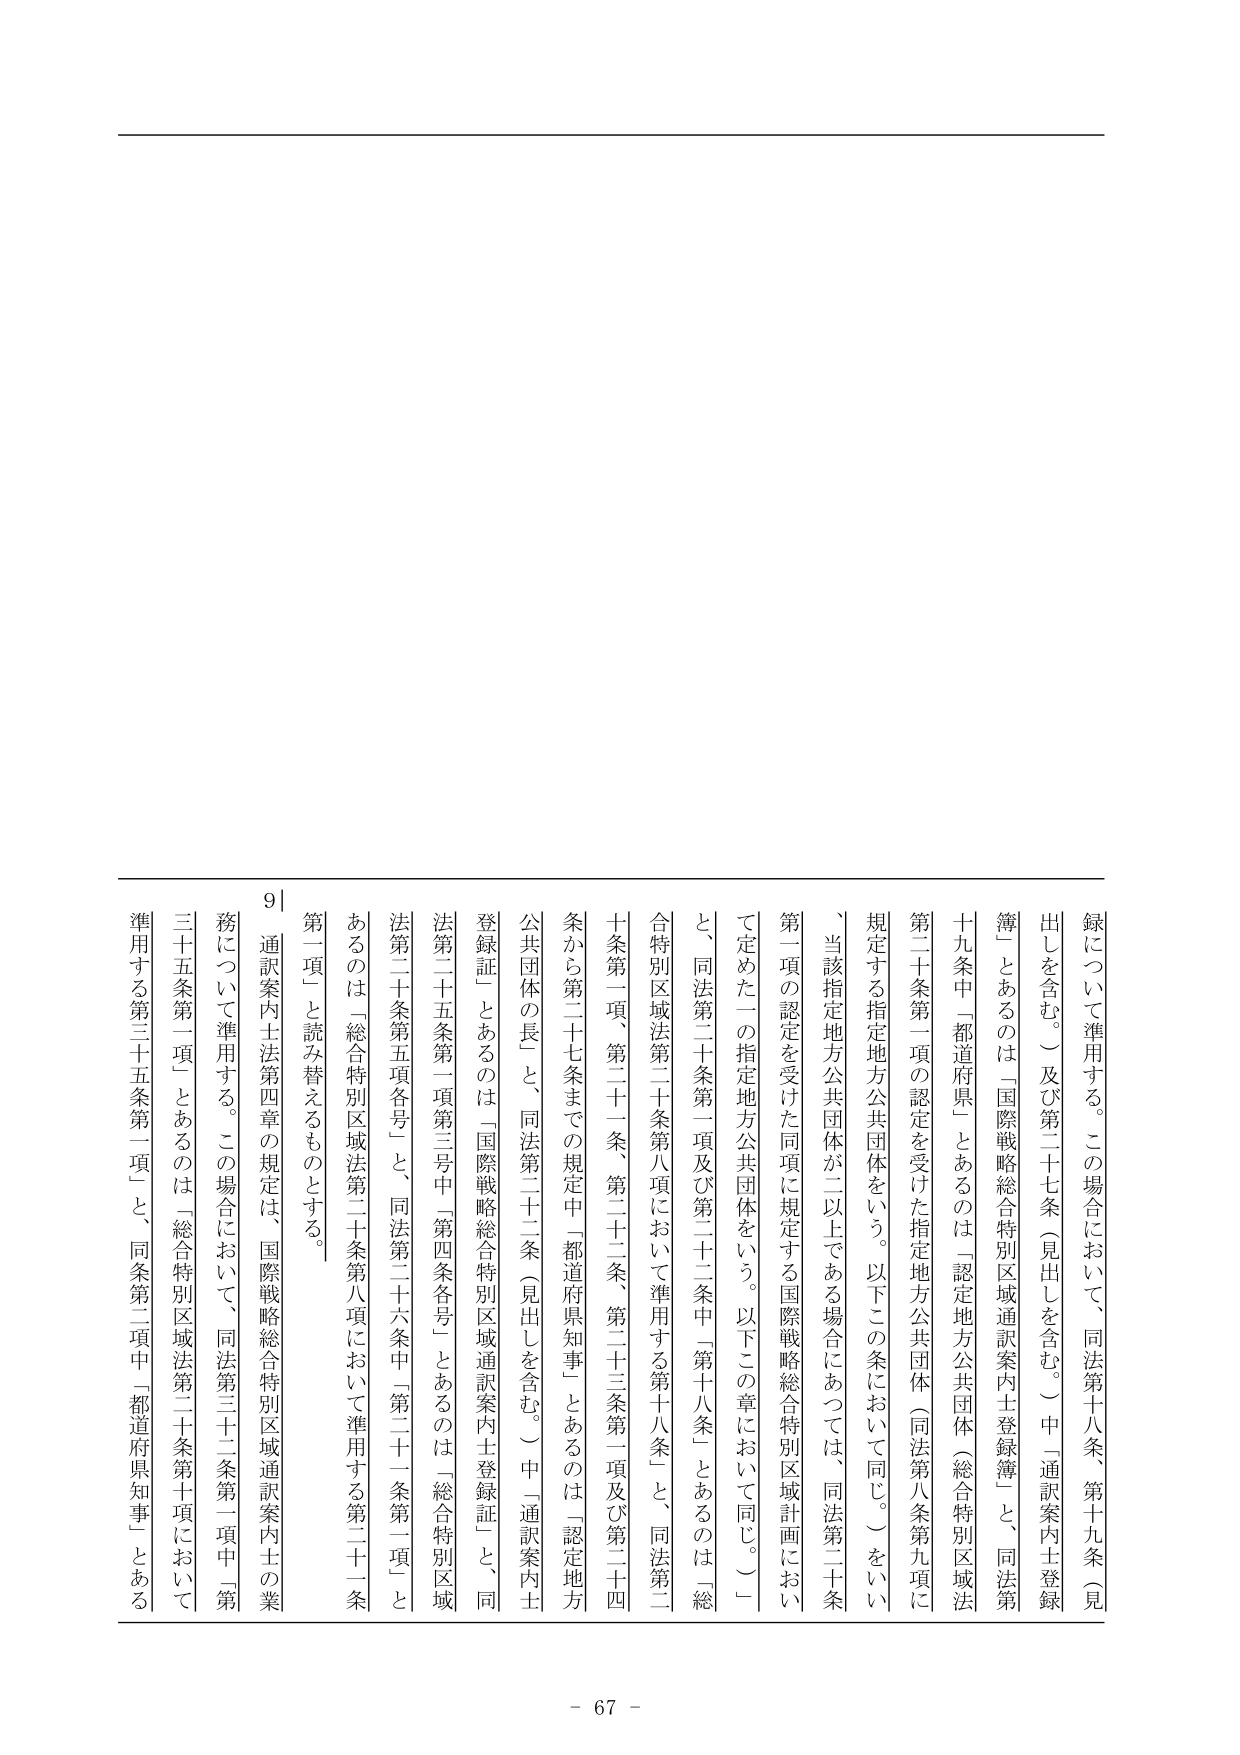
録について準用する。この場合において、同法第十八条、第十九条（見出しを含む。）及び第二十七条（見出しを含む。）中「通訳案内士登録簿」とあるのは「国際戦略総合特別区域通訳案内士登録簿」と、同法第十九条中「都道府県」とあるのは「認定地方公共団体（総合特別区域法第二十条第一項の認定を受けた指定地方公共団体（同法第八条第九項に規定する指定地方公共団体をいう。以下この条において同じ。）をいい、当該指定地方公共団体が二以上である場合にあっては、同法第二十条第一項の認定を受けた同項に規定する国際戦略総合特別区域計画において定めた一の指定地方公共団体をいう。以下この章において同じ。）」と、同法第二十条第一項及び第二十二条中「第十八条」とあるのは「総合特別区域法第二十条第八項において準用する第十八条」と、同法第二十条第一項、第二十一条、第二十二条、第二十三条第一項及び第二十四条から第二十七条までの規定中「都道府県知事」とあるのは「認定地方公共団体の長」と、同法第二十二条（見出しを含む。）中「通訳案内士登録証」とあるのは「国際戦略総合特別区域通訳案内士登録証」と、同法第二十五条第一項第三号中「第四条各号」とあるのは「総合特別区域法第二十条第五項各号」と、同法第二十六条中「第二十一条第一項」とあるのは「総合特別区域法第二十条第八項において準用する第二十一条第一項」と読み替えるものとする。

9] 通訳案内士法第四章の規定は、国際戦略総合特別区域通訳案内士の業務について準用する。この場合において、同法第二十二条第一項中「第三十五条第一項」とあるのは「総合特別区域法第二十条第十項において準用する第三十五条第一項」と、同条第二項中「都道府県知事」とある

- 67 -